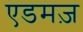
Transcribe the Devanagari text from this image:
एडमज़